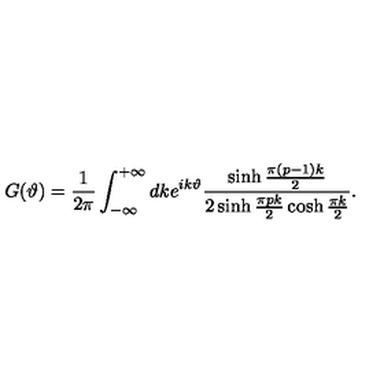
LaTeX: G ( \vartheta ) = \frac { 1 } { 2 \pi } \int _ { - \infty } ^ { + \infty } d k e ^ { i k \vartheta } \frac { \sinh \frac { \pi ( p - 1 ) k } { 2 } } { 2 \sinh \frac { \pi p k } { 2 } \cosh \frac { \pi k } { 2 } } .